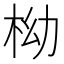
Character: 柪